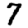
Digit: 7